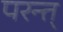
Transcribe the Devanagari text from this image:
परन्त्